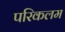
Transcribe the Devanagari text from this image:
परिकलम